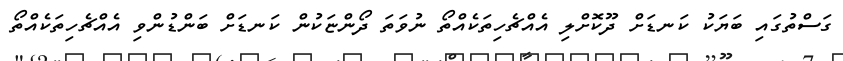
ގަސްތުގައި ބަޔަކު ކަނޑަށް ދޫކޮށްލި އެއްޗެހިތަކެއްތޯ ނުވަތަ ދޯންޏަކުން ކަނޑަށް ބަންޑުންވި އެއްޗެހިތަކެއްތޯ